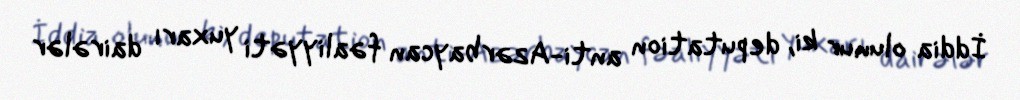
İddia olunur ki, deputation anti-Azərbaycan fəaliyyəti yuxarı dairələr